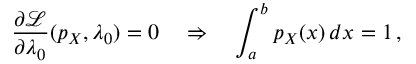
\frac { \partial \mathcal { L } } { \partial \lambda _ { 0 } } ( p _ { X } , \lambda _ { 0 } ) = 0 ~ ~ ~ \Rightarrow ~ ~ ~ \int _ { a } ^ { b } p _ { X } ( x ) \, d x = 1 \, ,